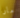
مارا